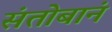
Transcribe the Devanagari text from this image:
संतोबानं